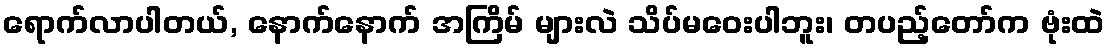
ရောက်လာပါတယ်, နောက်နောက် အကြိမ် များလဲ သိပ်မဝေးပါဘူး၊ တပည့်တော်က ဗုံးထဲ